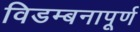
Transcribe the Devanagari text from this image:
विडम्बनापूर्ण